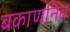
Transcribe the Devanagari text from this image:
बकाणनिंब